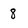
Character: 8